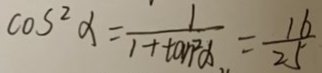
\cos ^ { 2 } \alpha = \frac { 1 } { 1 + \tan ^ { 2 } \alpha } = \frac { 1 6 } { 2 5 }